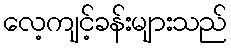
လေ့ကျင့်ခန်းများသည်